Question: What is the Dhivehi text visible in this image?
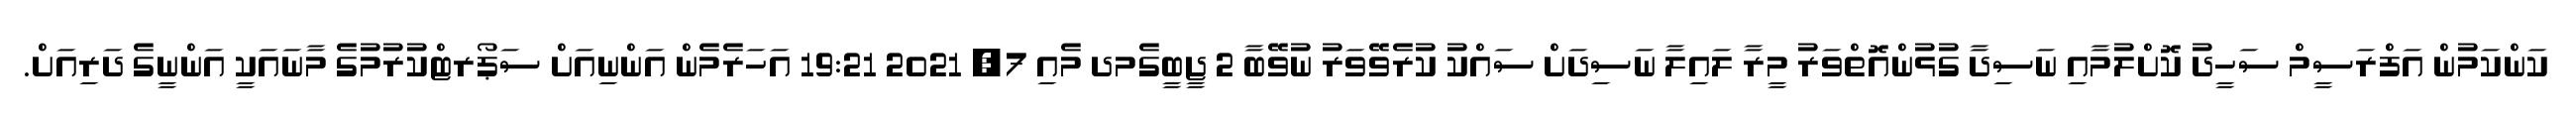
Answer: ކަންކަމުން އަފްރަސީމް ސަހީދު ކޮށްލުމާއި ނަސިދާ ގުޅުންއޮތްވަރު މީރާ ލައިލާ ނަސިދަށް ސައްކު ކުރެވޭވަރު ނުވޭބާ 2 ޖީބީގެމދ މެއި 7, 2021 19:21 އަހަރެމެން އަންނިއަށް ސަޕޯރޓްކުރުމުގެ މާނައަކީ އަންނީގެ ދަރިއަށް.